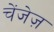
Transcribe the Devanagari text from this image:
चेंजेज़